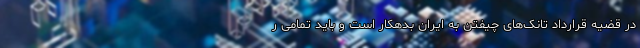
در قضیه قرارداد تانک‌های چیفتن به ایران بدهکار است و باید تمامی ر